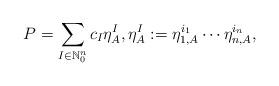
LaTeX: \begin{align*} P = \sum_{I \in \mathbb{N}_0^n} c_I \eta_A^I, \eta_A^I := \eta_{1, A}^{i_1} \cdots \eta_{n,A}^{i_n},\end{align*}